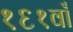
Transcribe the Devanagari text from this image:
१६१वाँ